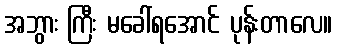
အဘွား ကြီး မခေါ်ရအောင် ပုန်းတာလေ။